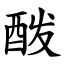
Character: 酦